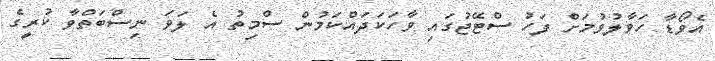
އެވޯޑާ ހަވާލުވުމަށް ފަހު ސްޓޭޖުގައި ވާހަކަދައްކަމުން ސްމިތު އެ ލަވަ ނިސްބަތްވާ ކުރީގެ